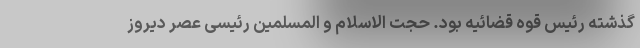
گذشته رئیس قوه قضائیه بود. حجت الاسلام و المسلمین رئیسی عصر دیروز